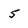
Character: 5